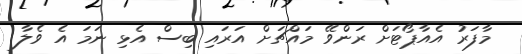
މާފަރު އެއާޕޯޓަށް ރަންވޭ މައްޗަށް އަރައި ބިސް އެޅި ނަމަ އެ ވެލާ